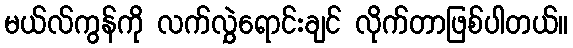
မယ်လ်ကွန်ကို လက်လွှဲရောင်းချင် လိုက်တာဖြစ်ပါတယ်။